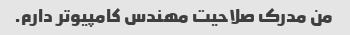
من مدرک صلاحیت مهندس کامپیوتر دارم.